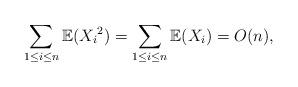
LaTeX: \begin{align*}\sum_{1\leq i\leq n}\mathbb{E}({X_i}^2)=\sum_{1\leq i\leq n}\mathbb{E}({X_i})=O(n),\end{align*}